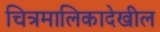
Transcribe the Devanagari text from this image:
चित्रमालिकादेखील